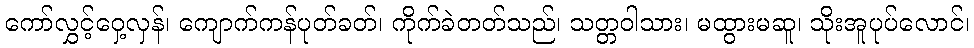
ကော်လွှင့်ဝှေ့လှန်၊ ကျောက်ကန်ပုတ်ခတ်၊ ကိုက်ခဲတတ်သည်၊ သတ္တဝါသား၊ မထွားမဆူ၊ သိုးအူပုပ်လောင်၊